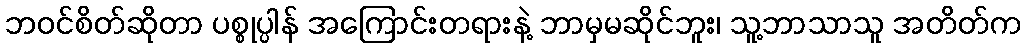
ဘဝင်စိတ်ဆိုတာ ပစ္စုပ္ပါန် အကြောင်းတရားနဲ့ ဘာမှမဆိုင်ဘူး၊ သူ့ဘာသာသူ အတိတ်က